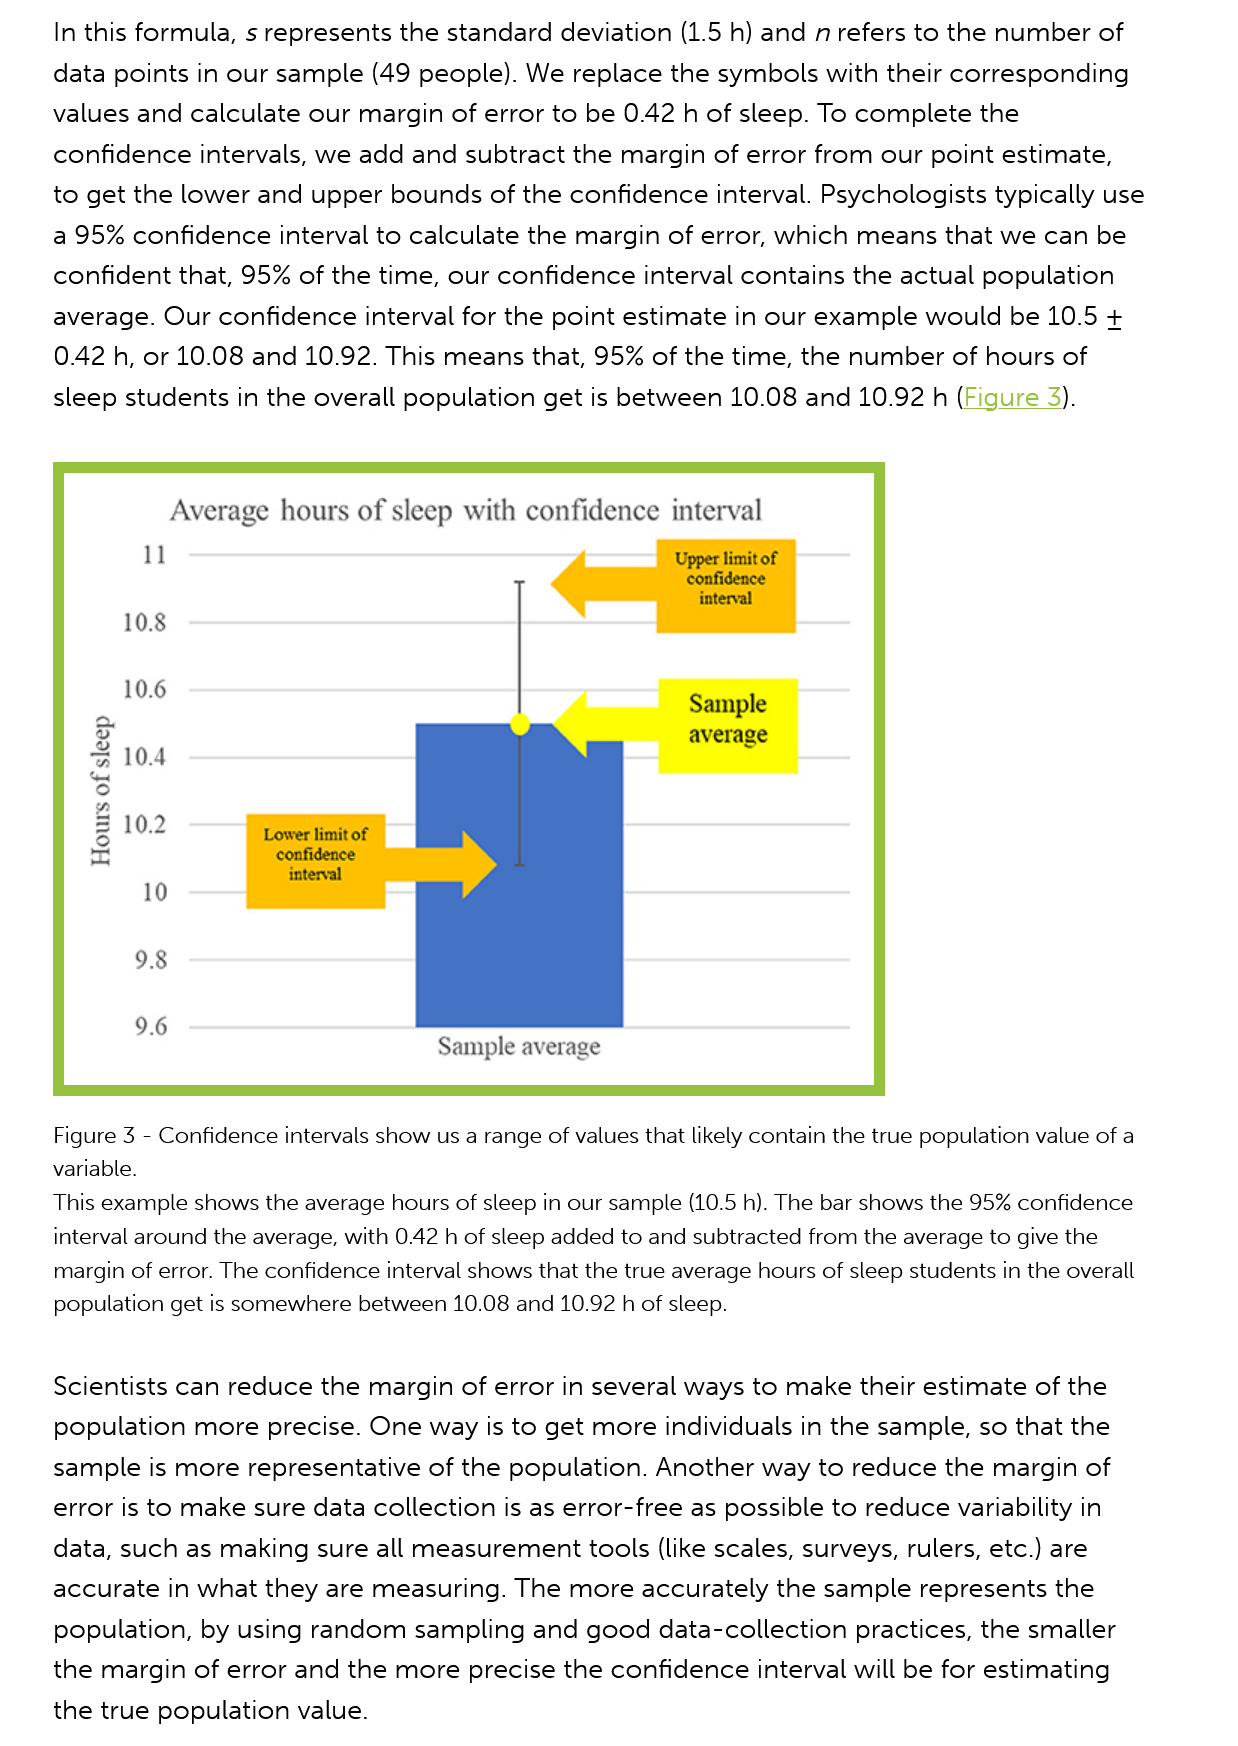
In this formula, s represents the standard deviation (1.5 h) and nrefers to the number of
     data points in our sample  (49 people). We replace the symbols  with their corresponding
     values and calculate our  margin of error to be 0.42 h of sleep. To complete the
     confidence intervals, we  add and subtract the margin  of error from our point estimate,
     to get the lower and  upper bounds of  the confidence interval. Psychologists typically use
     a 95%  confidence interval to calculate the margin of error, which means  that we  can be
     confident that, 95%  of the time, our confidence interval contains the actual population
     average. Our  confidence interval for the point estimate in our example  would  be 10.5 +
     0.42 h, or 10.08 and 10.92. This means that, 95%  of the time, the number  of hours of
     sleep students in the overall population get is between  10.08 and 10.92 h (Figure  3).
     10.8
     10.6
     10.4
     10.2
     98
     9.6
     daays
     JO
     SINOo}]
     Average  hours of sleep with confidence interval
     Figure 3
     -
     Confidence intervals show us a range of values that likely contain the true population value of a
     variable.
     This example shows the average hours of sleep in our sample (10.5 h). The bar shows the 95% confidence
     interval around the average, with 0.42 h of sleep added to and subtracted from the average to give the
     margin of error. The confidence interval shows that the true average hours of sleep students in the overall
     population get is somewhere between 10.08 and 10.92 h of sleep.
     Scientists can reduce the margin  of error in several ways to make their estimate of the
     population  more  precise. One way is to get more  individuals in the sample, so that the
     sample  is more representative of the population. Another  way  to reduce the margin  of
     error is to make sure data collection is as error-free as possible to reduce variability in
     data, such as making  sure all measurement tools (like scales, surveys, rulers, etc.) are
     accurate  in what they are measuring. The  more  accurately the sample  represents  the
     population, by using  random  sampling  and good   data-collection practices, the smaller
     the margin  of error and the more  precise the confidence interval will be for estimating
     the true population value.